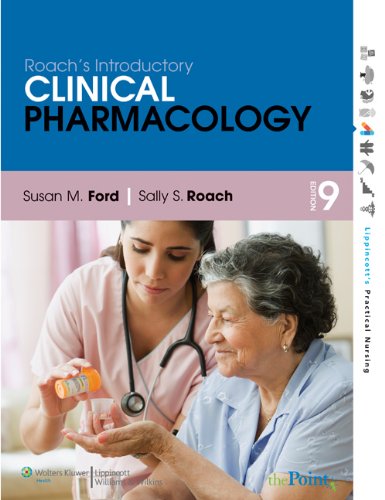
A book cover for Roach's Introductory Clinical Pharmacology (Lippincott's Practical Nursing); Susan M. Ford MN  RN  CNE; Medical Books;